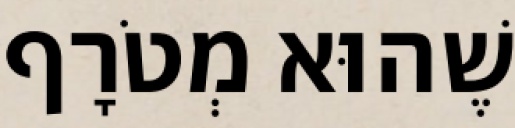
שֶׁהוּא מְטֹרָף